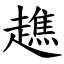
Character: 趭